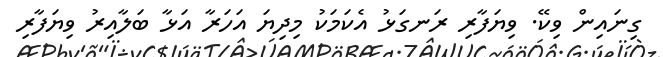
ގިނައިން ވިކޭ. ވިޔަފާރި ރަނގަޅު އެކަމަކު މިދިޔަ އަހަރާ އަޅާ ބަލާއިރު ވިޔަފާރި